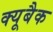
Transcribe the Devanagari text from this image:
क्यूबैक